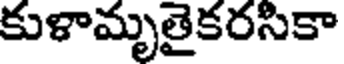
కుళామృతైకరసికా